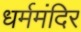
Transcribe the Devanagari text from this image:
धर्ममंदिर